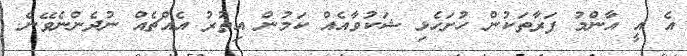
އެ އީ އާންމު ފަރާތަކުން ހުށަހެޅި ޝަކުވާއެއް ކަމުން އިތުރު އެއްޗެއް ނުދެންނެވޭނެ.